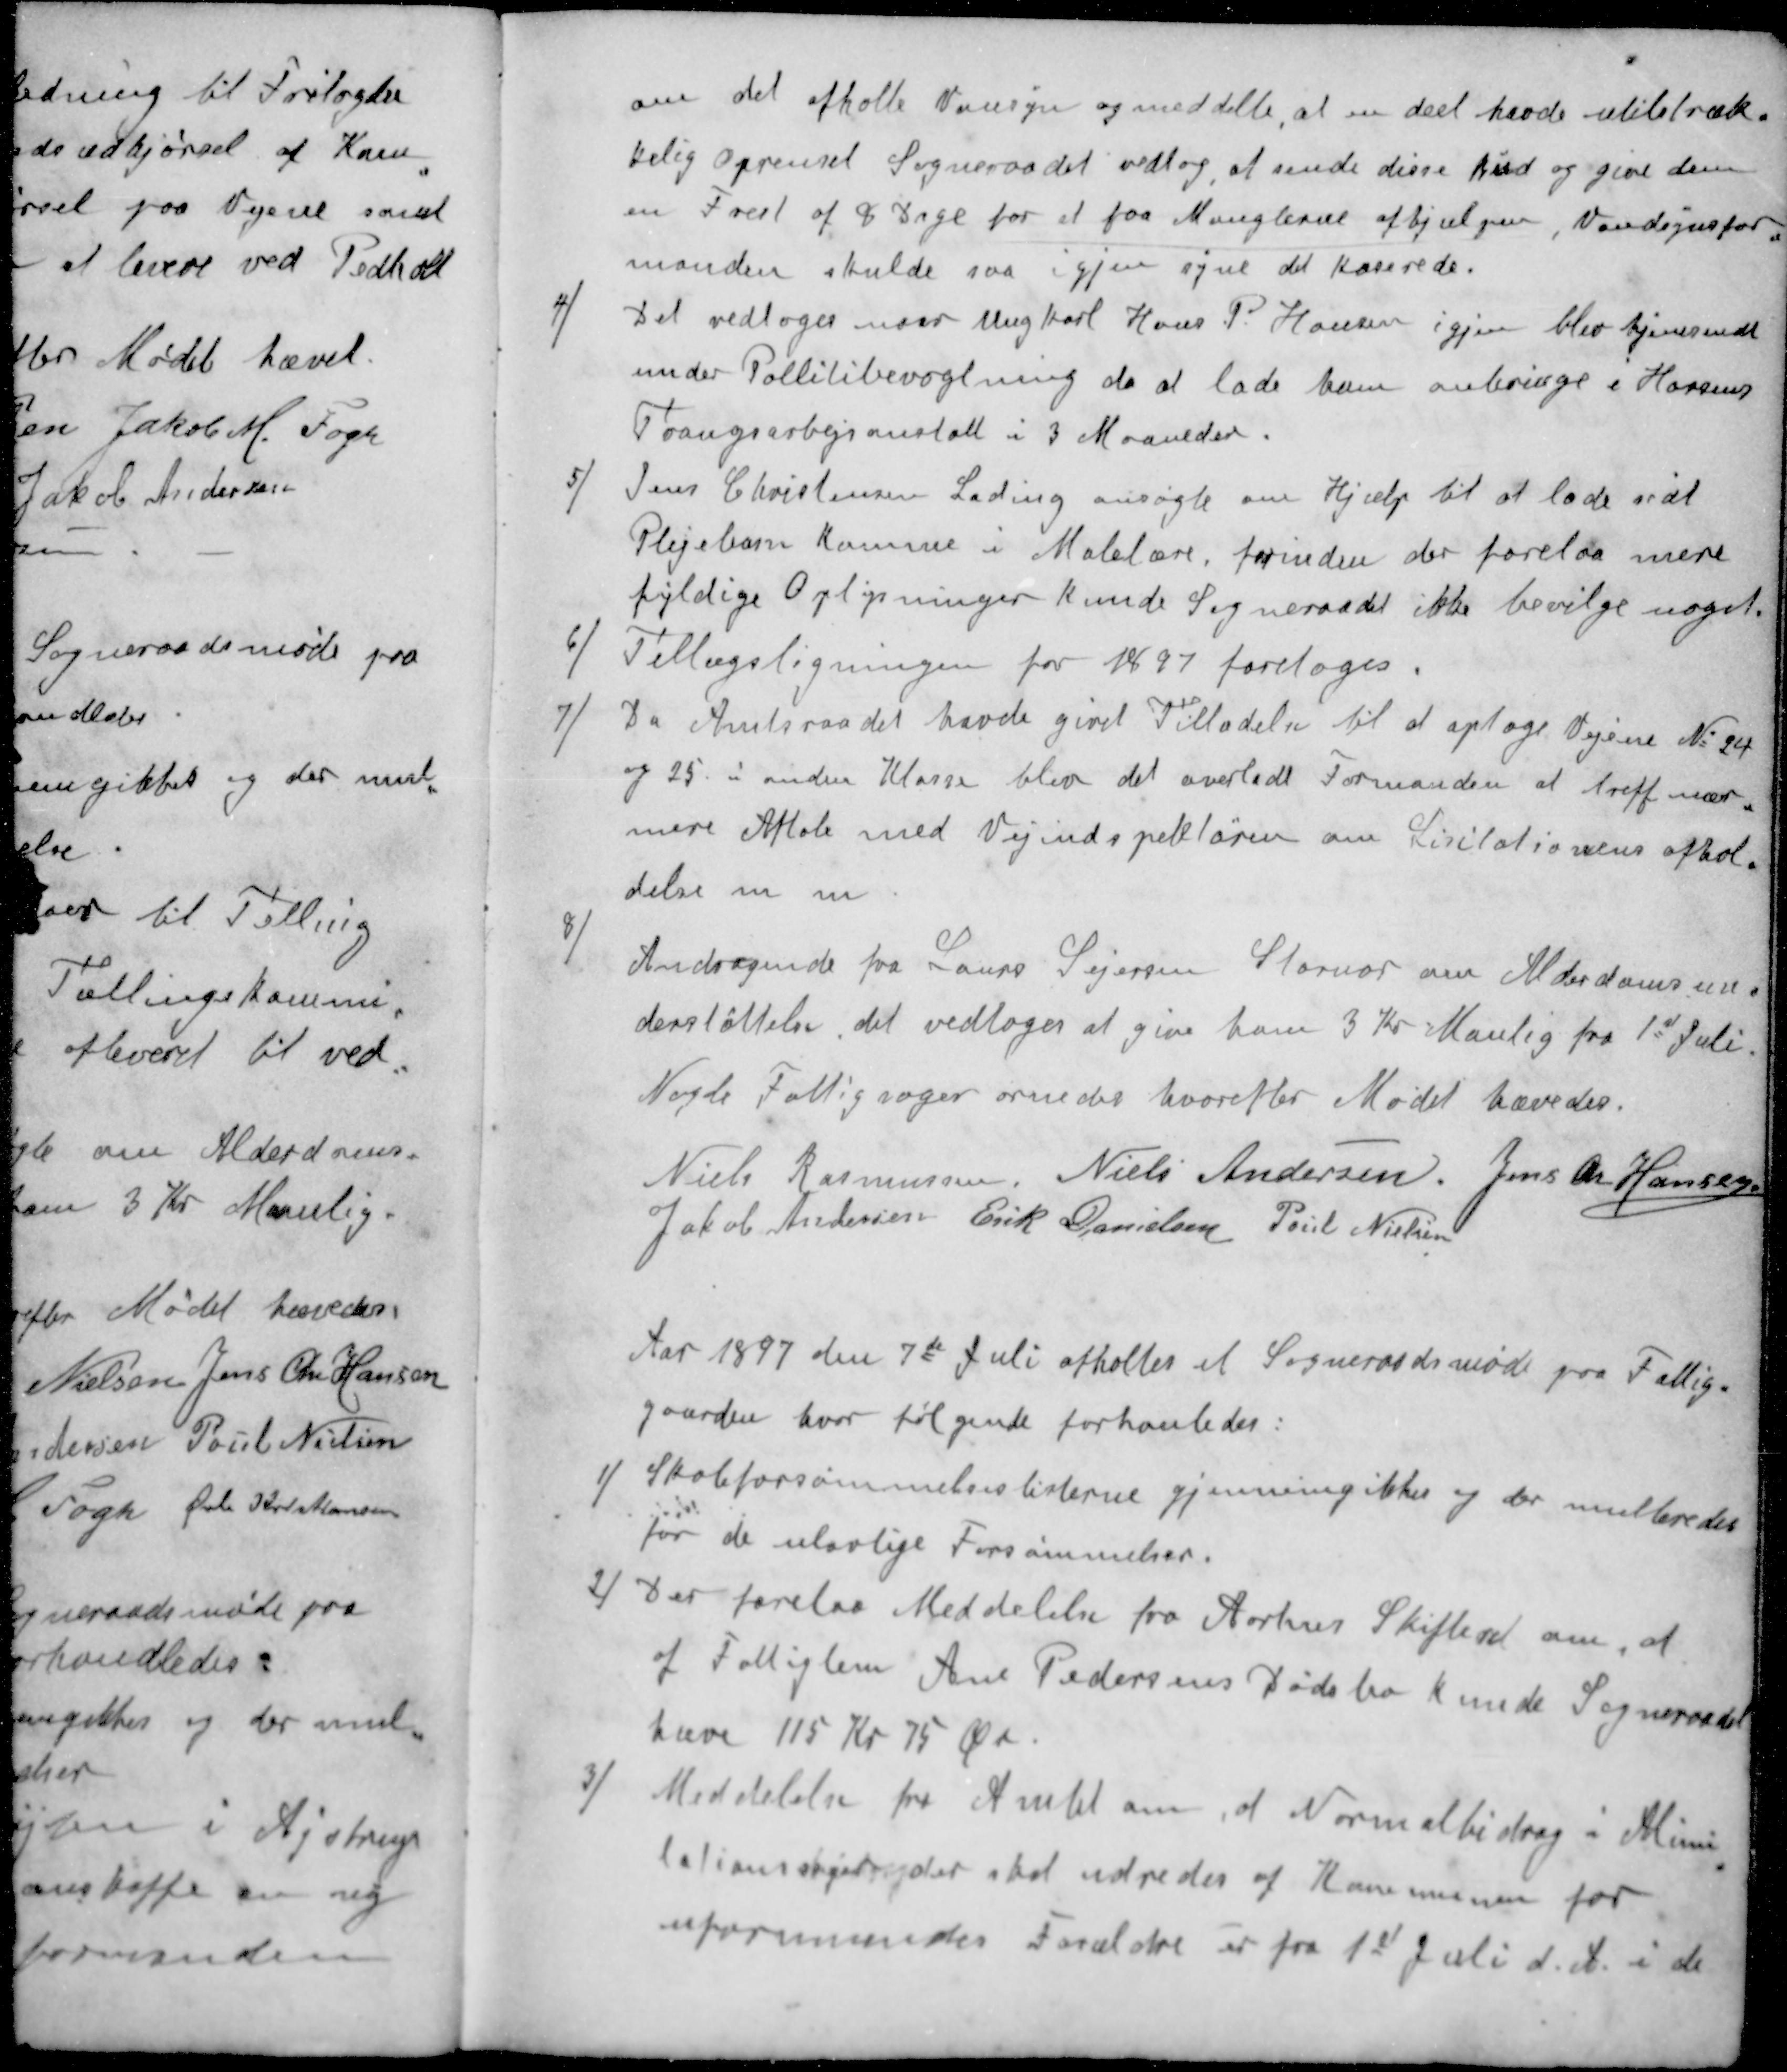
Transskription:
om det afholte Vansyn og meddelte, at en deel havde utilstræk-
kelig Oprenset Sogneraadet vedtog at sende disse bud og give dem
en Frist af 8 Dage for et paa Manglerne afhjulpen, Vandsynsfor-
manden skulde saa igjen syne det kaserede.
4 ) Det vedtoges naar Ungkarl Hans P. Hansen igjen blev hjemsendt
under Pollitibevogtning da at lade ham anbringe i Horsens
Tvangsarbejsanstalt i 3 Maaneder.
5 ) Jens Christensen Lading ansøgte om Hjælp til at lade sidt
Plejebarn komme i Malelære, forinden der forelaa mere
fyldige Oplysninger kunde Sogneraadet ikke bevilge noget
6 ) Tillægsligningen for 1897 foretoges.
7 )Da Amtsraadet havde givet Tilladelse til at optage Vejene No 24
og 25. i anden Klasse blev det overladt Formanden at treff nær-
mere Aftale med Vejindspektøren om Licitationens afhol-
delse m m
8 ) Andragende fra Laurs Sejersen Stornor om Alderdomsun-
derstøttelse, det vedtoges at give ham 3 Kr Manlig fra 1d Juli
Nogle Fattigsager ornedes hvorefter Mødet hævedes.
Niels Rasmussen
Niels Andersen
Jens Chr Hansen
Jakob Andersen
Erik Danielsen
Poul Nielsen
Aar 1897 den 7de Juli afholtes et Sogneraadsmøde paa Fattig-
gaarden hvor følgende forhanledes:
1 ) Skoleforsømmelseslisterne gjennemgikkes og der multeredes
for de ulovlige Forsømmelser.
2 ) Der forelaa Meddelelse fra Aarhus Skifteret om, at
af Fattiglem Ane Pedersens Dødsbo kunde Sogneraadet
have 115 Kr 75 Øre.
3 ) Meddelelse fra Amtet om at Normalbidrag i Alimi-
tationssager der skal udredes af Kommunen for
uformuendes Forældre er fra 1st Juli d. A. i de